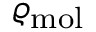
\varrho _ { \mathrm { m o l } }